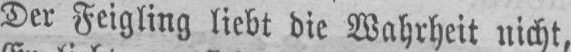
Der Feigling liebt die Wahrheit nicht,